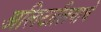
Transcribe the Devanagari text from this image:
अलिटालियाचे